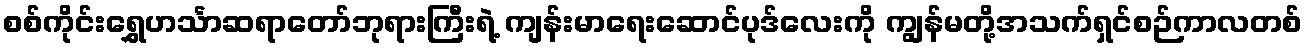
စစ်ကိုင်းရွှေဟင်္သာဆရာတော်ဘုရားကြီးရဲ့ ကျန်းမာရေးဆောင်ပုဒ်လေးကို ကျွန်မတို့အသက်ရှင်စဉ်ကာလတစ်